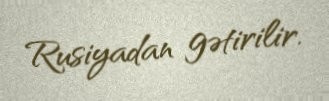
Rusiyadan gətirilir.